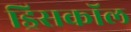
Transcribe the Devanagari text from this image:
ड्रिसकॉल